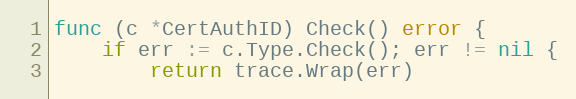
Language: Go
func (c *CertAuthID) Check() error {
	if err := c.Type.Check(); err != nil {
		return trace.Wrap(err)